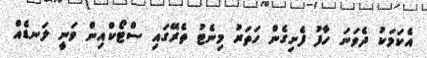
އެކަމަކު ދެވަނަ ހާފު ފެށިގެން ހަތަރު މިނެޓު ތެރޭގައި ސްޓޯކްއިން ވަނީ ލަނޑެއް